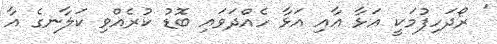
' ރޯދަހިފުމަކީ އަޅާ އާއި އަޅާ ހެއްދަވައި ބޮޑު ކުރެއްވި ކަލާނގެ އާ